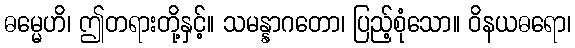
ဓမ္မေဟိ၊ ဤတရားတို့နှင့်။ သမန္နာဂတော၊ ပြည့်စုံသော။ ဝိနယဓရော၊